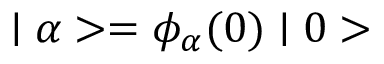
\mid \alpha > = \phi _ { \alpha } ( 0 ) \mid 0 >